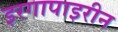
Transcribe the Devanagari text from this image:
इरगापाइरीन